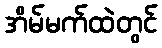
အိမ်မက်ထဲတွင်